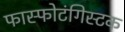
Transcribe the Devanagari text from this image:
फास्फोटंगिस्टक